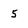
Character: 5